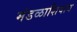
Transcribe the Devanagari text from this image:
मंडळाशिवाय